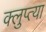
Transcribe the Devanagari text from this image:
क्लुप्त्या